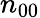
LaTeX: n_{00}